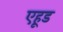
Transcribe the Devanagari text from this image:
एहूड